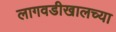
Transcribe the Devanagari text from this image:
लागवडीखालच्या